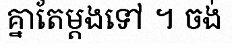
គ្នាតែម្តងទៅ ។ ចង់